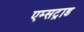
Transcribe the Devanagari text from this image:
एम्सट्राड